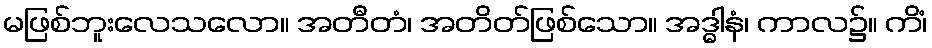
မဖြစ်ဘူးလေသလော။ အတီတံ၊ အတိတ်ဖြစ်သော။ အဒ္ဓါနံ၊ ကာလ၌။ ကိံ၊